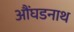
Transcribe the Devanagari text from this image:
औंघडनाथ